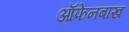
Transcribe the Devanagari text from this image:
ऑफेनबाख